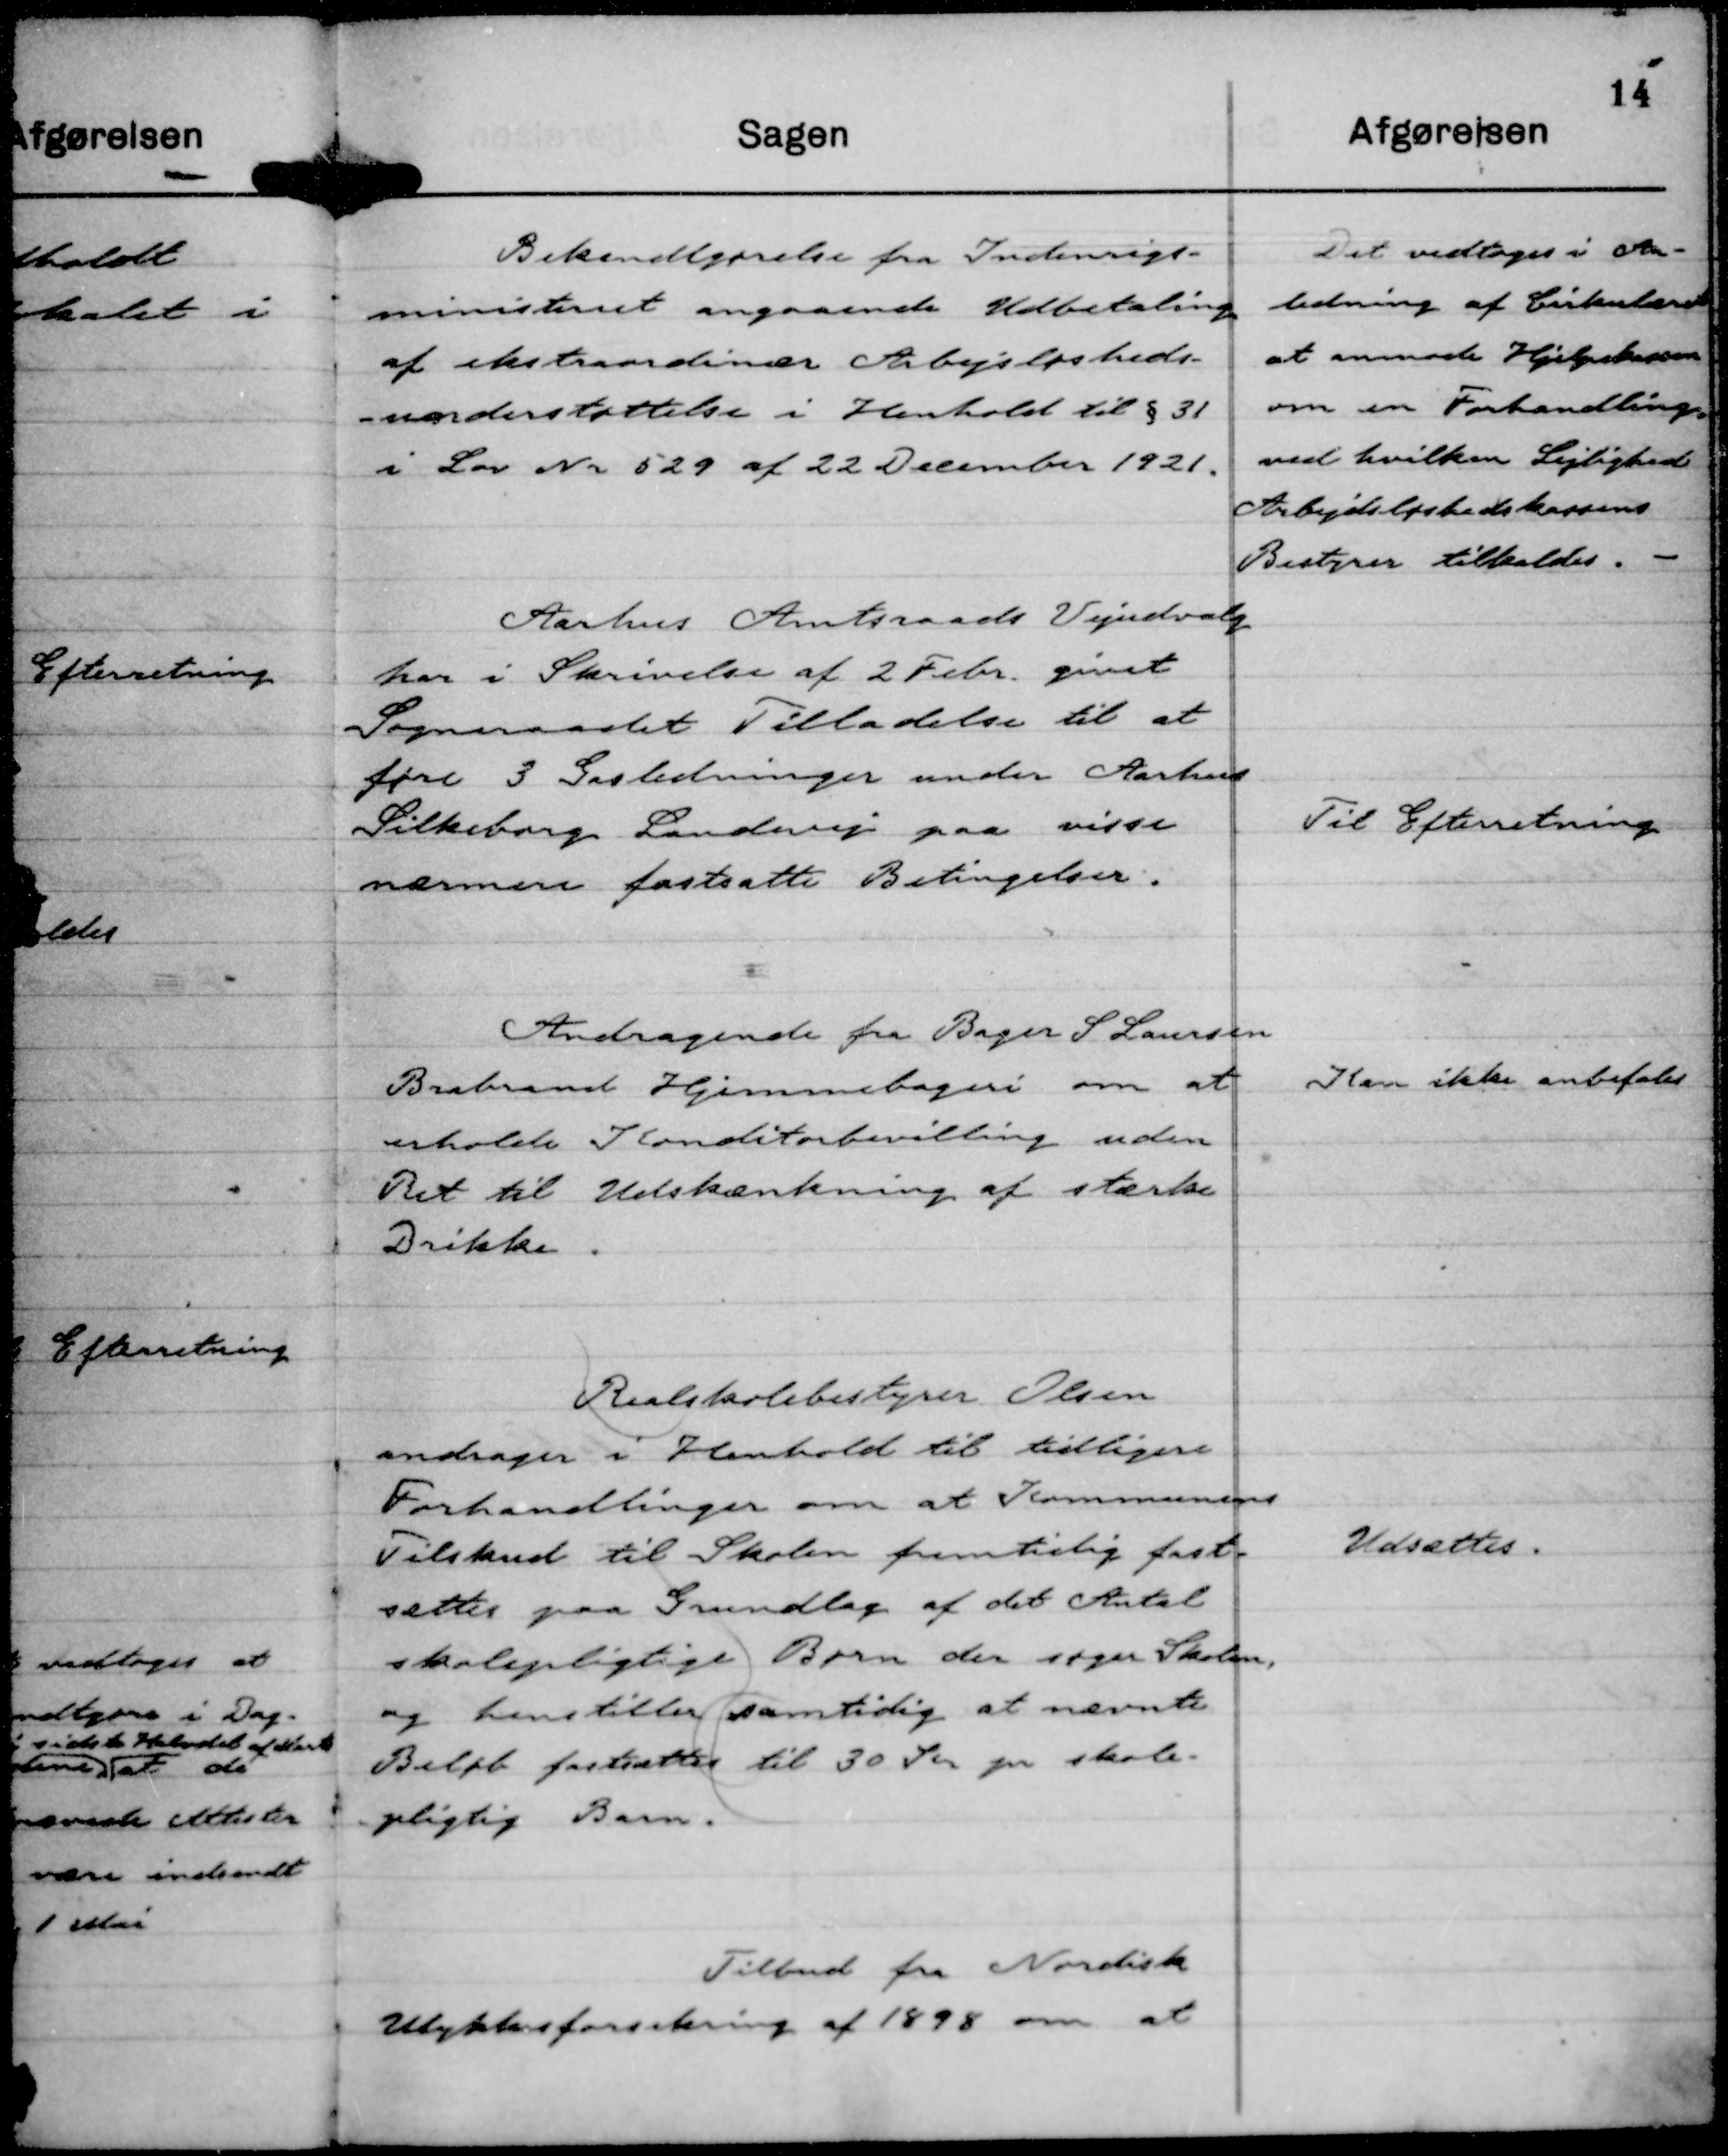
Transskription:
Bekendtgørelse fra Indenrigs-
ministeriet angaaende Udbetaling
af ekstraordinær Arbejdsløsheds-
-understøttelse i Henhold til § 31
i Lov Nr 529 af 22 December 1921.

Det vedtoges i An-
ledning af Cirkulæret
at anmode Hjælpekassen
om en Forhandling,
ved hvilken Lejlighed
Arbejdsløshedskassens
Bestyrer tilkaldes.

Aarhus Amtsraads Vejudvalg
har i Skrivelse af 2 Febr givet
Sogneraadet Tilladelse til at
føre 3 Gasledninger under Aarhus
Silkeborg Landevej paa visse
nærmere fastsatte Betingelser.

Til Efterretning

Andragende fra Bager S Laursen
Brabrand Hjemmebageri om at
erholde Konditorbevilling uden
Ret til Udskænkning af stærke
Drikke.

Kan ikke anbefales

Realskolebestyrer Olsen
andrager i Henhold til tidligere
Forhandlinger om at Kommunens
Tilskud til Skolen fremtidig fast-
sættes paa Grundlag af det Antal
skolepligtige Børn der søger Skolen,
og henstiller samtidig at nævnte
Beløb fastsættes til 30 Kr pr skole-
pligtig Barn.

Udsættes.

Tilbud fra Nordisk
Ulykkesforsikring af 1898 om at